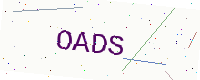
Text: OADS